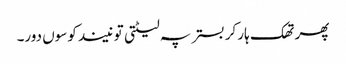
پھر تھک ہار کر بستر پہ لیٹتی تو نیند کوسوں دور۔